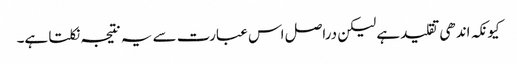
کیونکہ اندھی تقلید ہے لیکن دراصل اس عبارت سے یہ نتیجہ نکلتا ہے۔